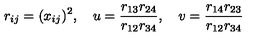
r _ { i j } = ( x _ { i j } ) ^ { 2 } , \quad u = \frac { r _ { 1 3 } r _ { 2 4 } } { r _ { 1 2 } r _ { 3 4 } } , \quad v = \frac { r _ { 1 4 } r _ { 2 3 } } { r _ { 1 2 } r _ { 3 4 } }